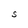
Character: S